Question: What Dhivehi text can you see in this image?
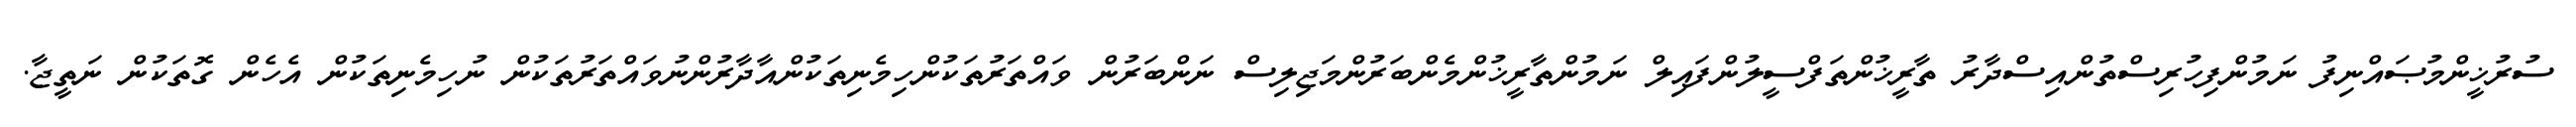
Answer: ސުރުޚީންމުޞައްނިފު ނަމުންފިހުރިސްތުންއިސްދާރު ތާރީޚުންތަފްސީލުންފައިލް ނަމުންތާރީޚުންމެންބަރުންމަޖިލިސް ނަންބަރުން ވައްތަރުތަކުންހިމެނިތަކުންއާދާރުންނުވައްތަރުތަކުން ނުހިމެނިތަކުން އެހެން ގޮތަކުން ނަތީޖާ.